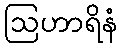
ဩဟာရိနံ